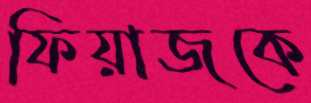
ফিয়াজকে